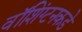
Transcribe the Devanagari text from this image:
वॉशिंग्टनकडे